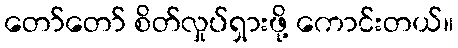
တော်တော် စိတ်လှုပ်ရှားဖို့ ကောင်းတယ်။